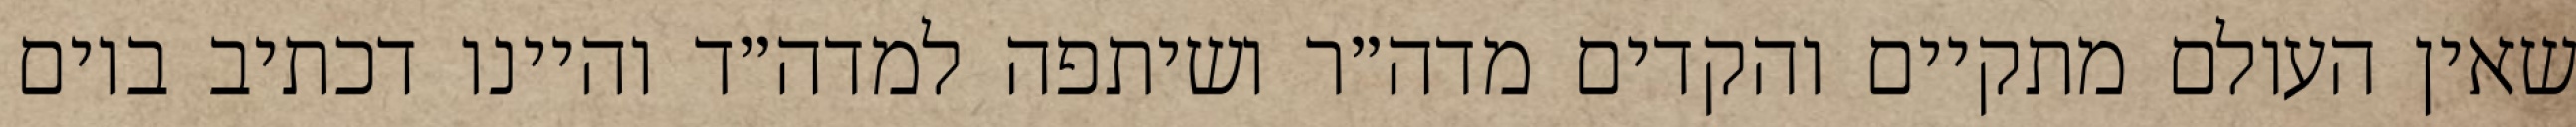
שאין העולם מתקיים והקדים מדה״ר ושיתפה למדה״ד והיינו דכתיב ביום